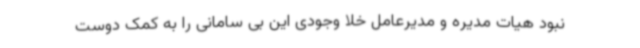
نبود هیات مدیره و مدیرعامل خلا وجودی این بی سامانی را به کمک دوست